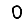
Digit: 0